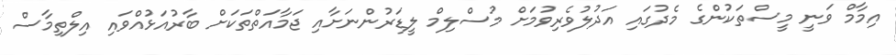
އިމާމް ވަނީ މީސްތަކުންގެ މެދުގައި އަދުލުވެރިވުމަށް މުސްލިމް ލީޑަރުންނަށާއި ޖަމާއަތްތަކަށް ބާރުއަޅުއްވައި އިލްތިމާސް